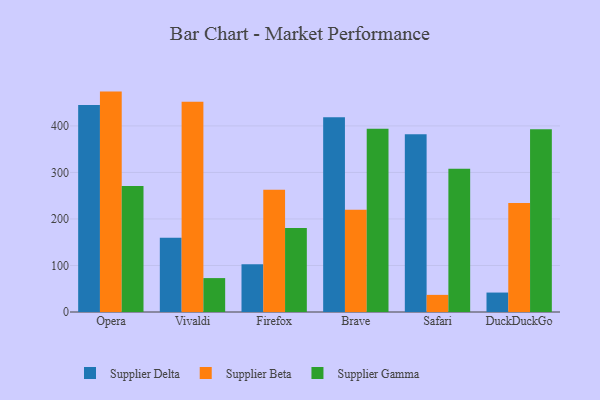
{"axis": {"x": "Browser", "y": "Conversion Rate (%)"}, "legend": ["Supplier Beta", "Supplier Delta", "Supplier Gamma"], "data": [{"x": "Opera", "y": 445.2, "type": "Supplier Delta"}, {"x": "Opera", "y": 473.8, "type": "Supplier Beta"}, {"x": "Opera", "y": 271.1, "type": "Supplier Gamma"}, {"x": "Vivaldi", "y": 159.6, "type": "Supplier Delta"}, {"x": "Vivaldi", "y": 452.1, "type": "Supplier Beta"}, {"x": "Vivaldi", "y": 72.9, "type": "Supplier Gamma"}, {"x": "Firefox", "y": 102.8, "type": "Supplier Delta"}, {"x": "Firefox", "y": 263.0, "type": "Supplier Beta"}, {"x": "Firefox", "y": 180.4, "type": "Supplier Gamma"}, {"x": "Brave", "y": 418.4, "type": "Supplier Delta"}, {"x": "Brave", "y": 220.0, "type": "Supplier Beta"}, {"x": "Brave", "y": 394.2, "type": "Supplier Gamma"}, {"x": "Safari", "y": 382.1, "type": "Supplier Delta"}, {"x": "Safari", "y": 36.8, "type": "Supplier Beta"}, {"x": "Safari", "y": 308.2, "type": "Supplier Gamma"}, {"x": "DuckDuckGo", "y": 41.8, "type": "Supplier Delta"}, {"x": "DuckDuckGo", "y": 234.1, "type": "Supplier Beta"}, {"x": "DuckDuckGo", "y": 393.1, "type": "Supplier Gamma"}]}